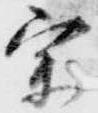
宗